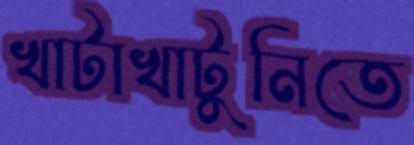
খাটাখাটুনিতে